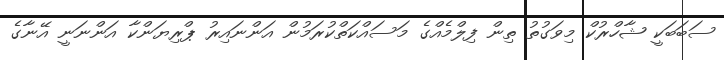
ސަބަބަކީ ޝާހްރުކް މިވަގުތު ތިން ފިލްމެއްގެ މަސައްކަތްކުރަމުން އަންނައިރު ޕްރިޔަންކާ އަންނަނީ އޭނާގެ